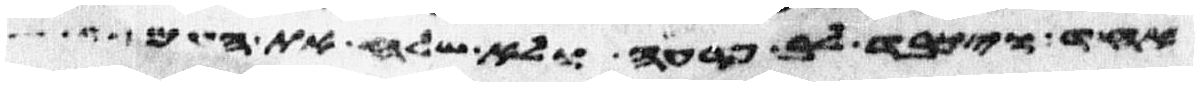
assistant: אחד ויכבד לב פרעה ולא שלח את העם